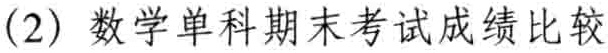
(2) 数学单科期末考试成绩比较